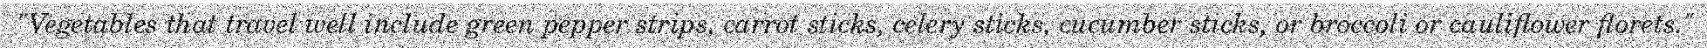
"Vegetables that travel well include green pepper strips, carrot sticks, celery sticks, cucumber sticks, or broccoli or cauliflower florets."